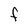
Character: F